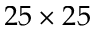
2 5 \times 2 5